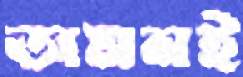
অমনই